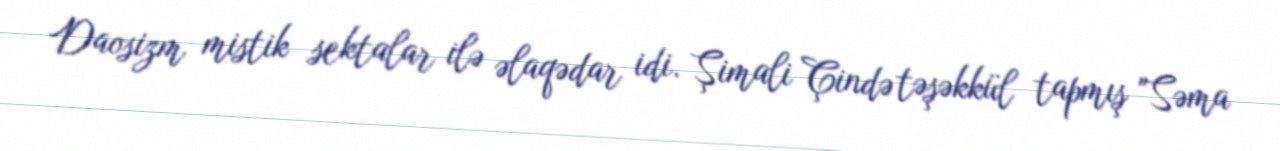
Daosizm mistik sektalar ilə əlaqədar idi. Şimali Çində təşəkkül tapmış "Səma